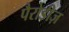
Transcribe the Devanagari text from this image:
पैरोडीज़